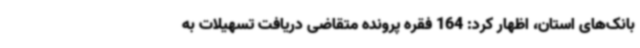
بانک‌های استان، اظهار کرد: 164 فقره پرونده متقاضی دریافت تسهیلات به